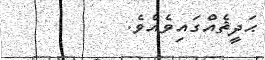
ޙަދީޘެއްގައިވެއެވެ.